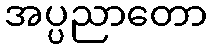
အပ္ပညာတော